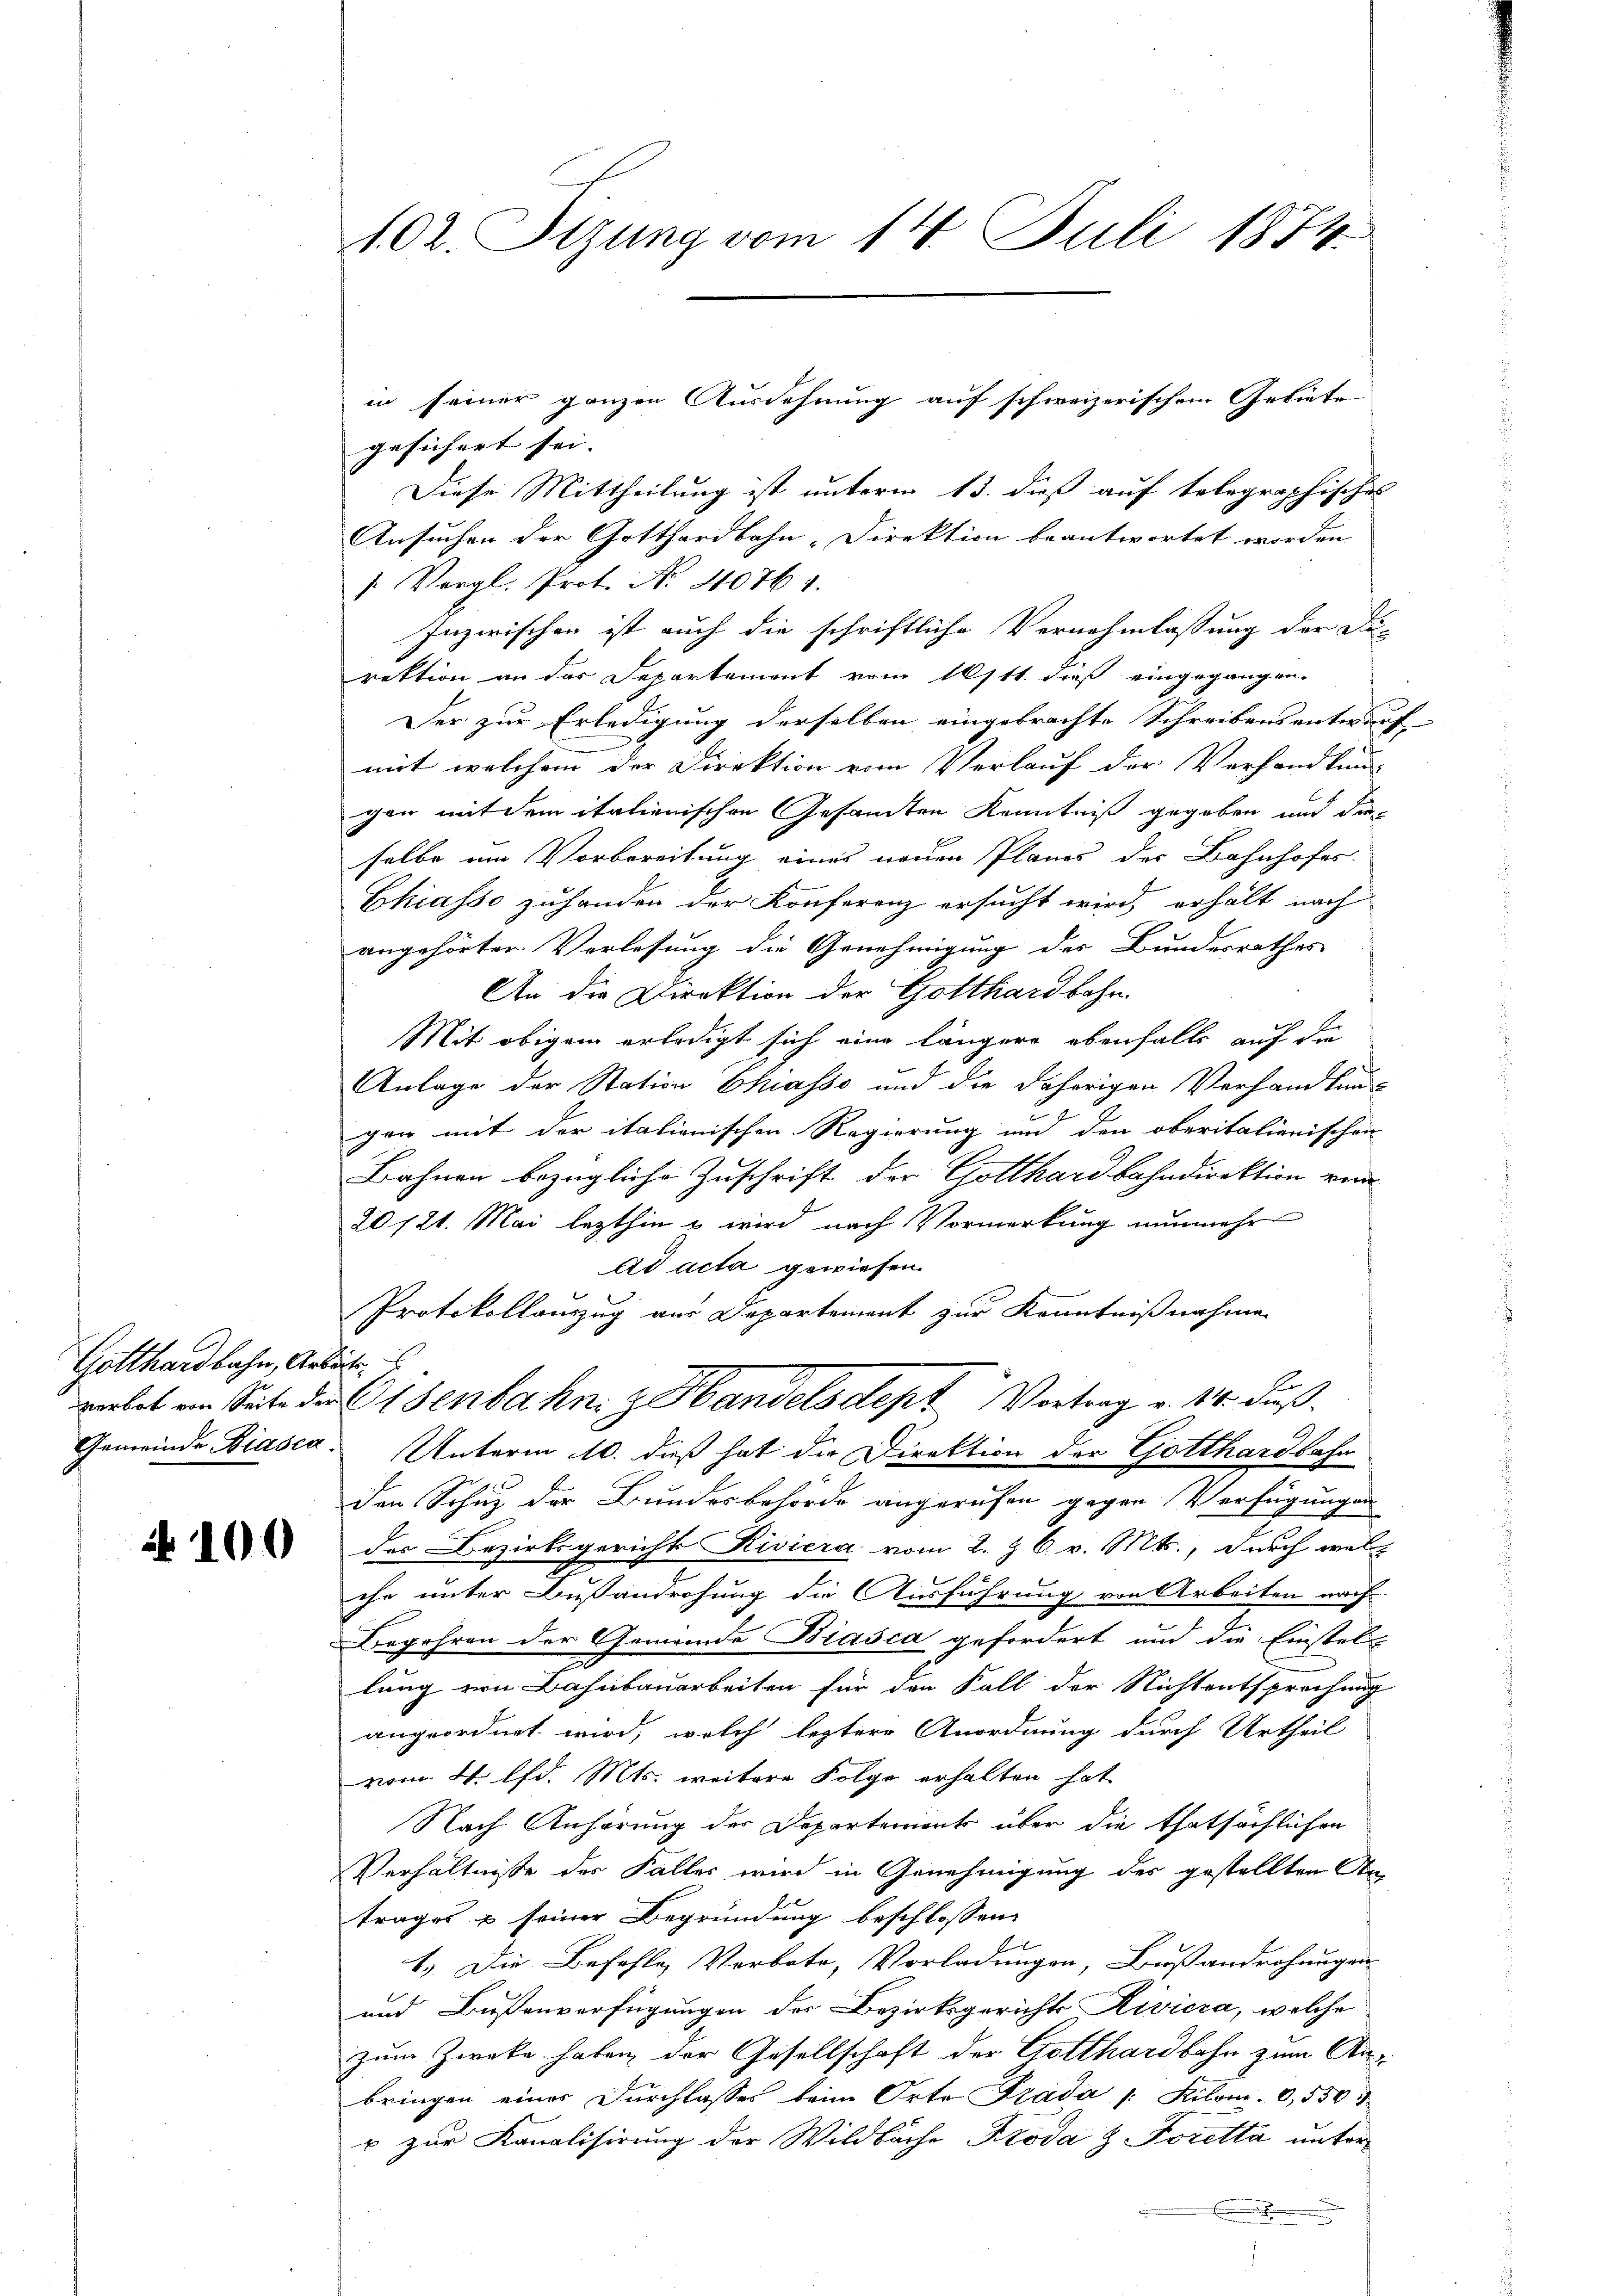
Gotthardbahn, Arbeit,

N 100

02. Stzung vom 14. Juli 1874

gesichert sei. |
Diese Mittheilung ist unterm 13. dieß auf telegraphisches
Ansuchen der Gotthardbahn-Direktion beantwortet worden.
/. Vergl. Prot. No. 40761.
Inzwischen ist auch die schriftliche Vernehmlassung der Du-
rektion an das Departement vom 10/11. dieß eingegangen.
Der zur Erledigung derselben eingebrachte Schreibensentwurf
mit welchem der Direktion vom Verlauf der Vorhandlun-
gen mit dem italienischen Gesandten Kenntniß gegeben und die
selbe um Vorbereitung eines neuen Planes der Bahnhofes
Chiasso zuhanden der Konferenz ersucht wird, erhält nach
angehörter Vorlesung die Genehmigung der Bundesrathes
An die Direktion der Gotthardbahn.
Mit obigem erledigt sich eine längere ebenfalls auf die
Anlage der Station Chiasso und die daherigen Verhandlun-
gen mit der italienischen Regierung und den oberitalienischen
Bahnen bezügliche Zuschrift der Gotthardbahndirektion von
20 121. Mai lezthin u wird nach Vormerkung nunmehr
ad acta gewiesen.
Protokollauszug aus Departement zur Kenntnißnahme
vortet an Seite der Osenbahn, z. Handelsdept Vortrag v. 14. Fuß.
Gemeinde Biasca. Unterm 10. dieß hat die Direktion der Gotthardbahn
den Schuz der Bundesbehörde angerufen gegen Verfügungen
des Bezirksgerichts Riviera vom 2. & 6. v. Mts., durch welch
che unter Bußandrohung die Ausführung von Arbeiten nach
Begehren der Gemeinde Biasca gefordert und die Einstellung von Bahnbauarbeiten für den Fall der Nichtentsprechung
angeordnet wird, welch leztere Anordnung durch Urtheil
vom 4. lfd. Mts. weitere Folge erhalten hat
Nach Anhörung der Departements über die thatsächlichen
Verhältnisse des Falles wird in Genehmigung des gestellten Antrages & seiner Begründung beschlossen:
e
1.) Die Befehle, Verbote, Vorladungen, Busandrohungen
und Bußenverfügungen der Bezirksgerichts Riviera, welche
zum Zweke haben der Gesellschaft der Gotthardbahn zum Anbringen einer Durchlasses beim Orte Prada /: Kilom. 0,550.
p zur Kanalisirung der Wildbache Proda & Foretta unter
.

in seiner ganzen Ausdehnung auf schweizerischem Gebiete